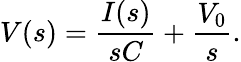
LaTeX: V(s)={\frac{I(s)}{sC}}+{\frac{V_{0}}{s}}.